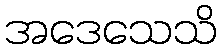
အဒေသေသိ